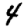
Digit: 4